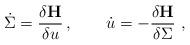
LaTeX: \begin{align*}\dot{\Sigma} = \frac{\delta{\bf H}}{\delta u}\,, \qquad\dot{u} = -\frac{\delta{\bf H}}{\delta\Sigma}\,\,,\end{align*}